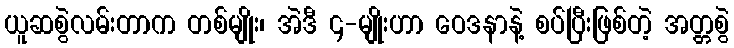
ယူဆစွဲလမ်းတာက တစ်မျိုး၊ အဲဒီ ၄-မျိုးဟာ ဝေဒနာနဲ့ စပ်ပြီးဖြစ်တဲ့ အတ္တစွဲ